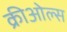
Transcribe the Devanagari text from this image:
क्रीओल्स